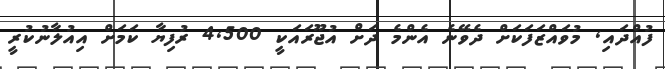
ފުއްދައި